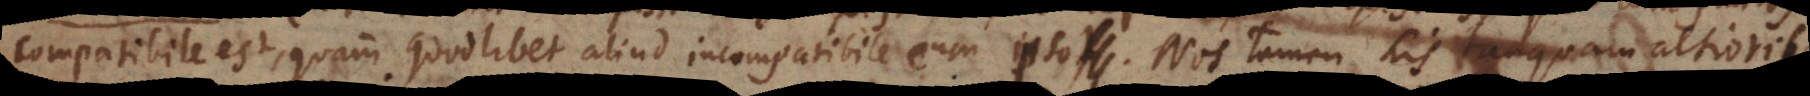
compatibile est, quam quodlibet aliud incompatibile cum ipso. Nos tamen his tanquam altioribus